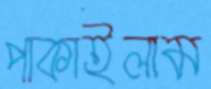
পাকাইলাম